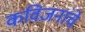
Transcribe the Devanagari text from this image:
कविजनांचे